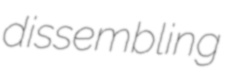
dissembling